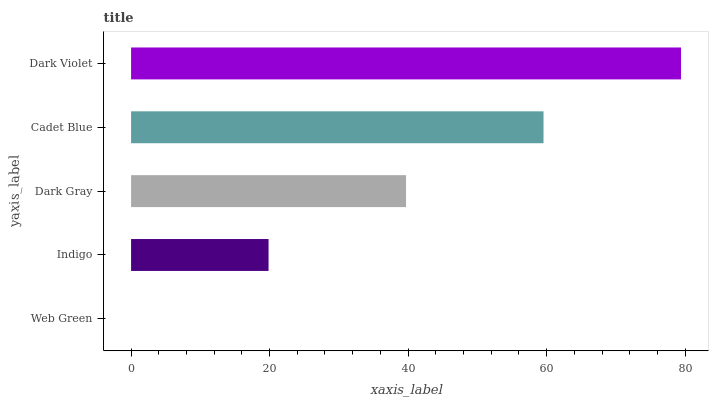
| yaxis_label | bars |
 | --- | --- |
 | Web Green | 0 |
 | Indigo | 19.9 |
 | Dark Gray | 39.7 |
 | Cadet Blue | 59.6 |
 | Dark Violet | 79.4 |